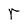
Character: r